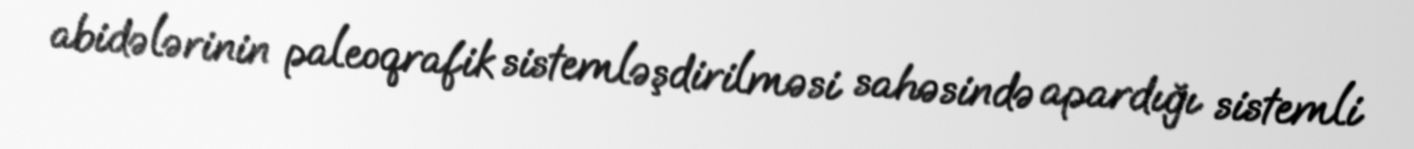
abidələrinin paleoqrafik sistemləşdirilməsi sahəsində apardığı sistemli